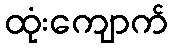
ထုံးကျောက်